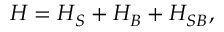
H = H _ { S } + H _ { B } + H _ { S B } ,